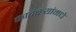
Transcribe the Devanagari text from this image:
कादंबर्‍यांमधे